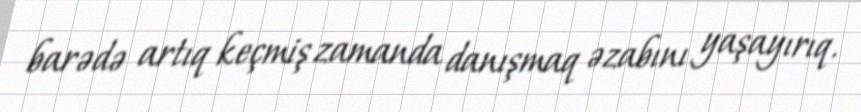
barədə artıq keçmiş zamanda danışmaq əzabını yaşayırıq.